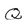
Character: q